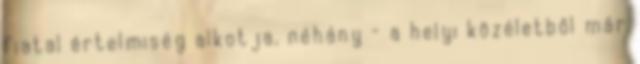
fiatal értelmiség alkotja, néhány – a helyi közéletből már